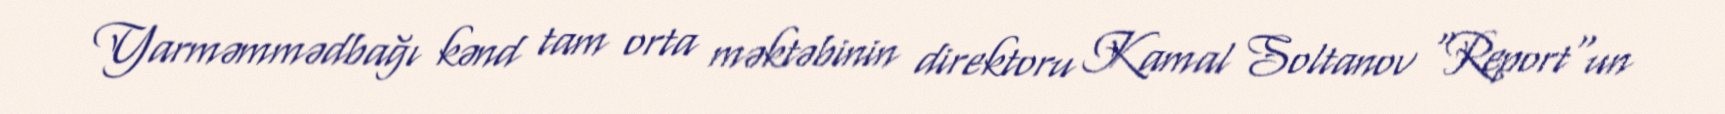
Yarməmmədbağı kənd tam orta məktəbinin direktoru Kamal Soltanov "Report"un